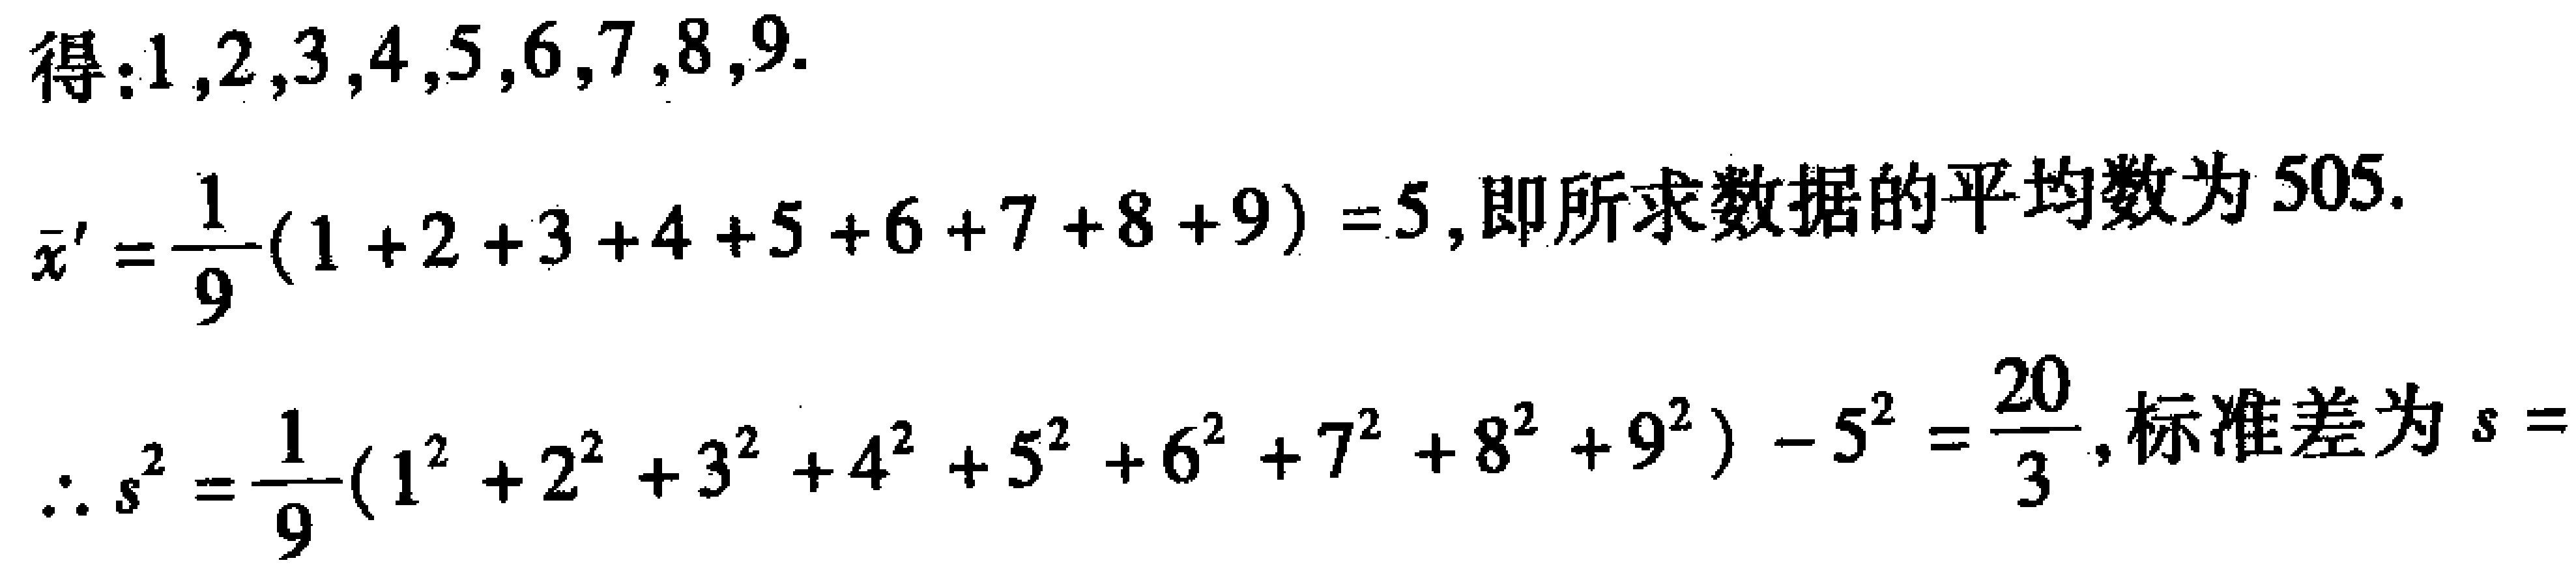
得：$1,2,3,4,5,6,7,8,9.$

$\bar{x}' = \frac{1}{9}(1 + 2 + 3 + 4 + 5 + 6 + 7 + 8 + 9) = 5$, 即所求数据的平均数为$505$.

$\therefore s^{2}=\frac{1}{9}(1^{2}+2^{2}+3^{2}+4^{2}+5^{2}+6^{2}+7^{2}+8^{2}+9^{2}) - 5^{2}=\frac{20}{3}$, 标准差为$s = $